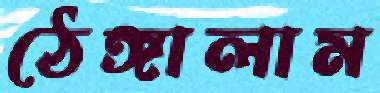
ঠেঙ্গালাম